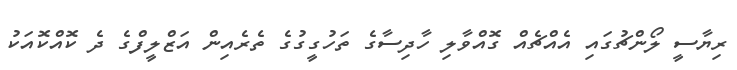
ރިޔާސީ ލޯންޗުގައި އެއްޗެއް ގޮއްވާލި ހާދިސާގެ ތަހުގީގުގެ ތެރެއިން އަޒްލީފްގެ ދެ ކޮއްކޮއަކު